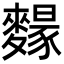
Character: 𪍭